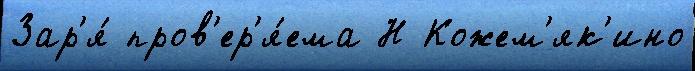
Зар'я́ пров'ер'я́ема Н Кожем'як'ино